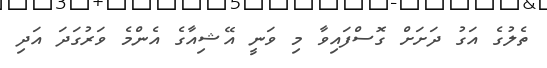
ތެލުގެ އަގު ދަށަށް ގޮސްފައިވާ މި ވަނީ އޭޝިއާގެ އެންމެ ވަރުގަދަ އަދި